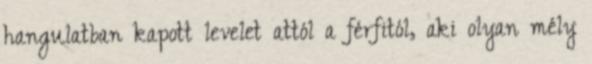
hangulatban kapott levelet attól a férfitól, aki olyan mély